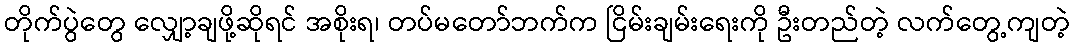
တိုက်ပွဲတွေ လျှော့ချဖို့ဆိုရင် အစိုးရ၊ တပ်မတော်ဘက်က ငြိမ်းချမ်းရေးကို ဦးတည်တဲ့ လက်တွေ့ကျတဲ့